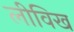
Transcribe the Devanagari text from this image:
लीविख